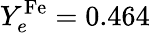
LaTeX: Y_{e}^{\mathrm{Fe}}=0.464